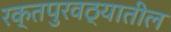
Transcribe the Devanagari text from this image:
रक्तपुरवठ्यातील